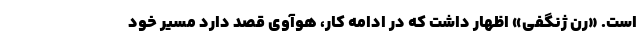
است. «رن ژنگفی» اظهار داشت که در ادامه کار، هوآوی قصد دارد مسیر خود